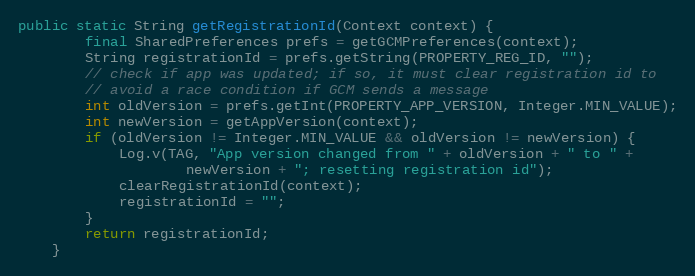
Language: Java
public static String getRegistrationId(Context context) {
        final SharedPreferences prefs = getGCMPreferences(context);
        String registrationId = prefs.getString(PROPERTY_REG_ID, "");
        // check if app was updated; if so, it must clear registration id to
        // avoid a race condition if GCM sends a message
        int oldVersion = prefs.getInt(PROPERTY_APP_VERSION, Integer.MIN_VALUE);
        int newVersion = getAppVersion(context);
        if (oldVersion != Integer.MIN_VALUE && oldVersion != newVersion) {
            Log.v(TAG, "App version changed from " + oldVersion + " to " +
                    newVersion + "; resetting registration id");
            clearRegistrationId(context);
            registrationId = "";
        }
        return registrationId;
    }